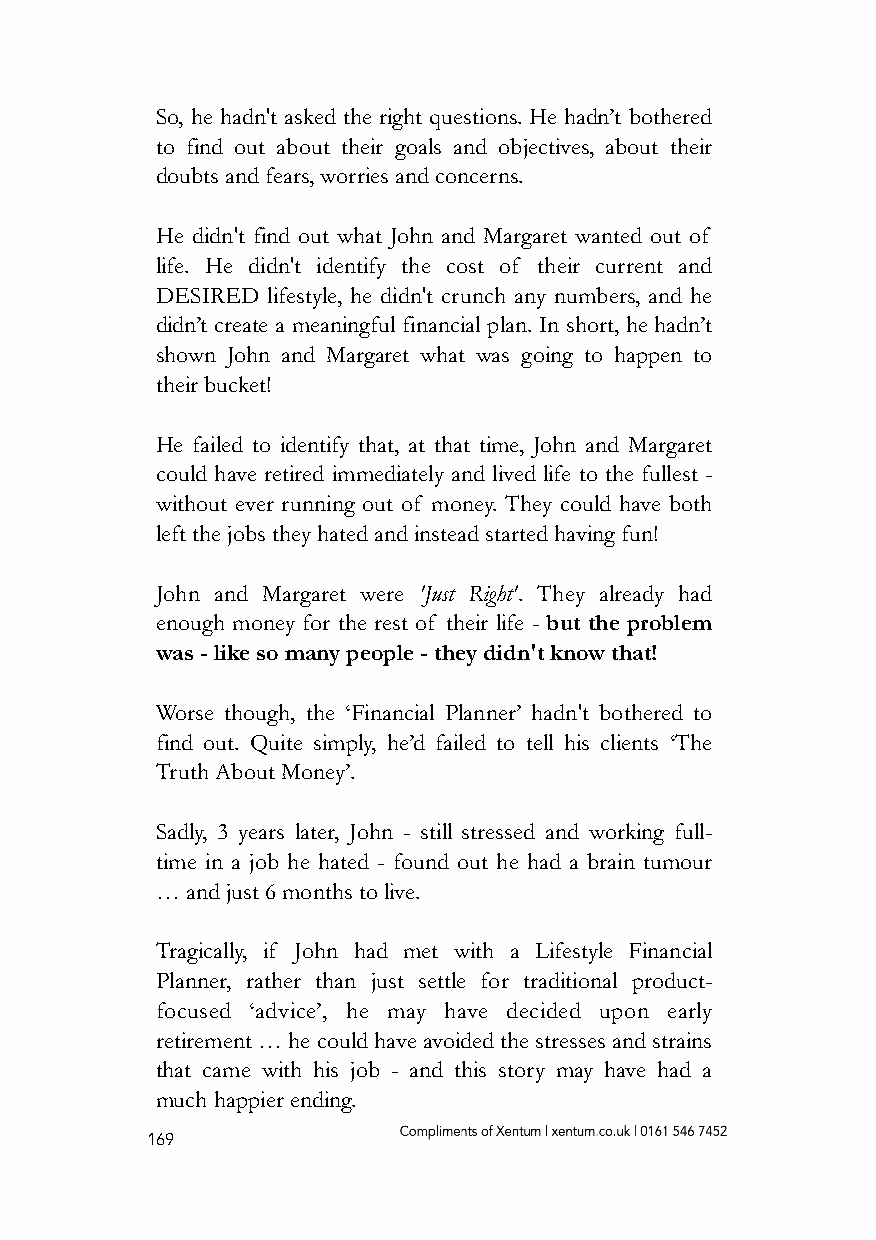
So, he hadn't asked the right questions. He hadn’t bothered
 to find out about their goals and objectives, about their
 doubts and fears, worries and concerns.
 He didn't find out what John and Margaret wanted out of
 life. He didn't identify the cost of their current and
 DESIRED lifestyle, he didn't crunch any numbers, and he
 didn’t create a meaningful financial plan. In short, he hadn’t
 shown John and Margaret what was going to happen to
 their bucket!
 He failed to identify that, at that time, John and Margaret
 could have retired immediately and lived life to the fullest -
 without ever running out of money. They could have both
 left the jobs they hated and instead started having fun!
 John and Margaret were 'Just Right'. They already had
 enough money for the rest of their life - but the problem
 was - like so many people - they didn't know that!
 Worse though, the ‘Financial Planner’ hadn't bothered to
 find out. Quite simply, he’d failed to tell his clients ‘The
 Truth About Money’.
 Sadly, 3 years later, John - still stressed and working full-
 time in a job he hated - found out he had a brain tumour
 … and just 6 months to live.
 Tragically, if John had met with a Lifestyle Financial
 Planner, rather than just settle for traditional product-
 focused ‘advice’, he may have decided upon early
 retirement … he could have avoided the stresses and strains
 that came with his job - and this story may have had a
 much happier ending.
 169